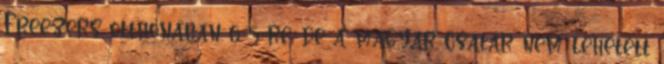
Freezers otthonában 6-5-re, de a magyar csatár nem lehetett